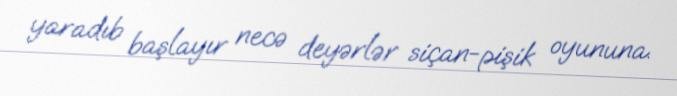
yaradıb başlayır necə deyərlər siçan-pişik oyununa.